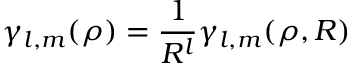
\gamma _ { l , m } ( { \boldsymbol \rho } ) = \frac { 1 } { R ^ { l } } \gamma _ { l , m } ( { \boldsymbol \rho } , R )